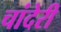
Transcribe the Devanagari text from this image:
चांदेरी